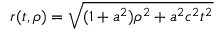
\textstyle r ( t , \rho ) = { \sqrt { ( 1 + a ^ { 2 } ) \rho ^ { 2 } + a ^ { 2 } c ^ { 2 } t ^ { 2 } } }